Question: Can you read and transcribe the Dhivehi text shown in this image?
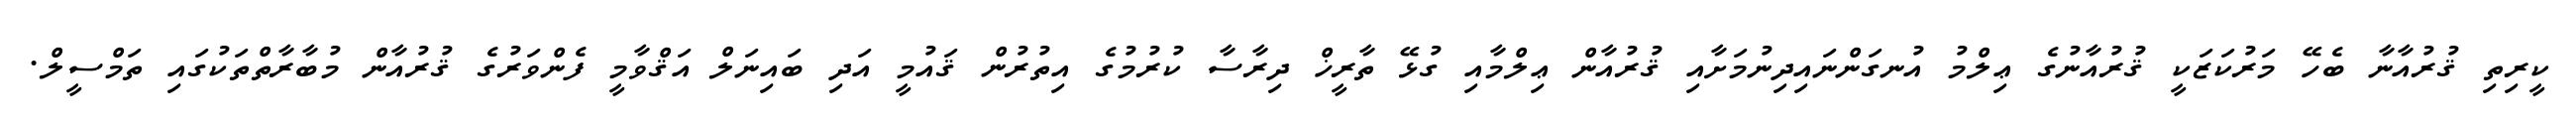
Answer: ކީރިތި ޤުރުއާނާ ބެހޭ މަރުކަޒަކީ ޤުރުއާނުގެ ޢިލްމު އުނގަންނައިދިނުމަށާއި ޤުރުއާން ޢިލްމާއި ގުޅޭ ތާރީޚް ދިރާސާ ކުރުމުގެ އިތުރުން ޤައުމީ އަދި ބައިނަލް އަޤްވާމީ ފެންވަރުގެ ޤުރުއާން މުބާރާތްތަކުގައި ތަމްސީލް.